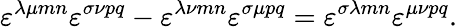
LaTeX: \varepsilon^{\lambda\mu mn}\varepsilon^{\sigma\nu pq}-\varepsilon^{\lambda\nu mn}\varepsilon^{\sigma\mu pq}=\varepsilon^{\sigma\lambda mn}\varepsilon^{\mu\nu pq}.